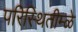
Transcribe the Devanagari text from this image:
परिस्थितीम्ळे